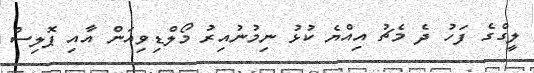
ލީގްގެ ފަހު ދެ މެޗު އިއްޔެ ކުޅު ނިމުނުއިރު މޯލްޑިވިއަން އާއި ޕޮލިސް